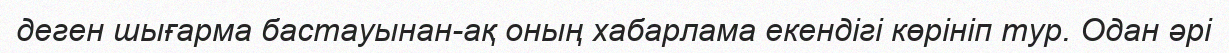
деген шығарма бастауынан-ақ оның хабарлама екендігі көрініп тур. Одан әрі